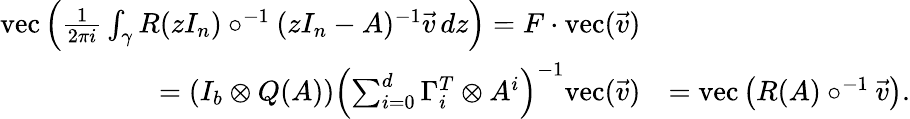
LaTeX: \begin{array}{rl}{\mathrm{vec}\left(\frac{1}{2\pi i}\int_{\gamma}R(zI_{n})\circ^{-1}(zI_{n}-A)^{-1}\vec{v}\, dz\right)=F\cdot\mathrm{vec}(\vec{v})}&{}\\ {=(I_{b}\otimes Q(A))\left(\sum_{i=0}^{d}\Gamma_{i}^{T}\otimes A^{i}\right)^{-1}\mathrm{vec}(\vec{v})}&{=\mathrm{vec}\left(R(A)\circ^{-1}\vec{v}\right).}\end{array}